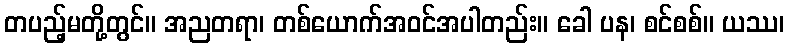
တပည့်မတို့တွင်။ အညတရာ၊ တစ်ယောက်အဝင်အပါတည်း။ ခေါ ပန၊ စင်စစ်။ ယဿ၊